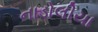
નાડોલીયા